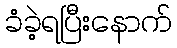
ခံခဲ့ရပြီးနောက်